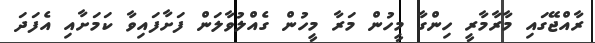
ރާއްޖޭގައި މާރާމާރީ ހިންގާ މީހުން މަރާ މީހުން ގެއްލުވާލަން ފަށާފައިވާ ކަމަށާއި އެފަދަ